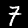
Label: 7